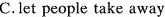
C.let people take away